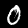
Label: 0